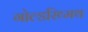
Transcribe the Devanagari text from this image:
गोल्डस्थ्मिथ